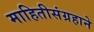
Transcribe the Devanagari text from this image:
माहितीसंग्रहाने